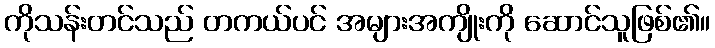
ကိုသန်းတင်သည် တကယ်ပင် အများအကျိုးကို ဆောင်သူဖြစ်၏။